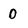
Character: 0